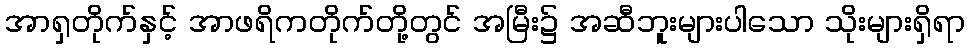
အာရှတိုက်နှင့် အာဖရိကတိုက်တို့တွင် အမြီး၌ အဆီဘူးများပါသော သိုးများရှိရာ